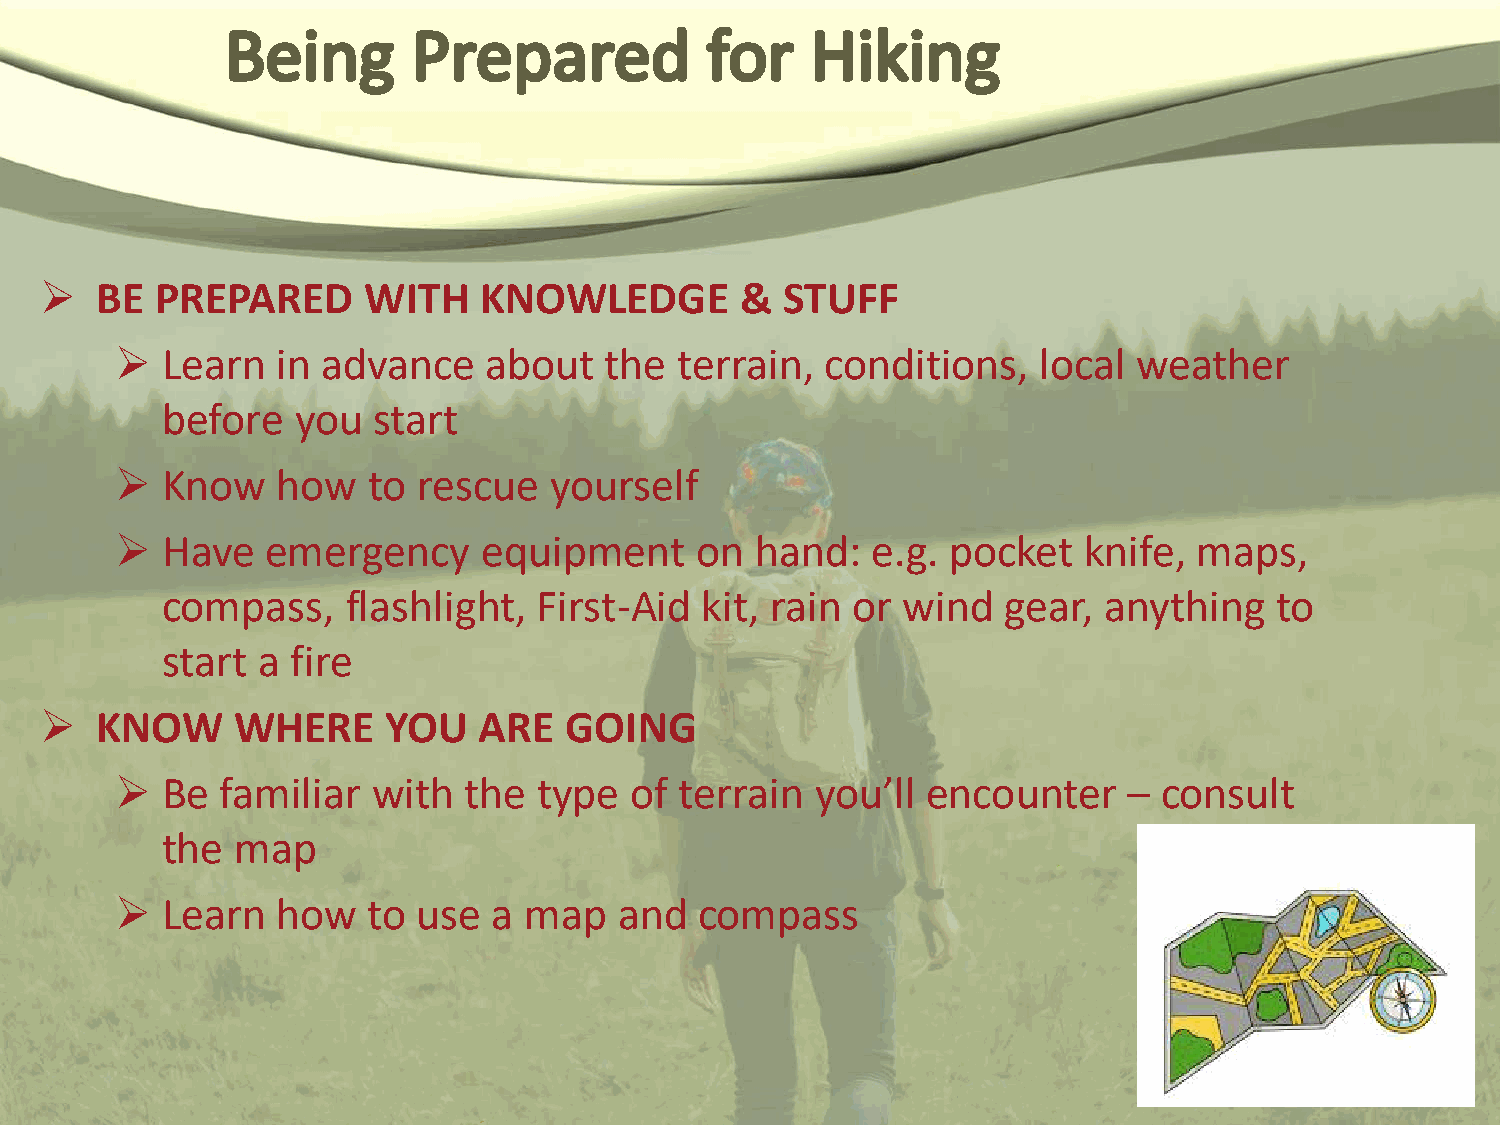
  BE  PREPARED      WITH    KNOWLEDGE        &  STUFF
   Learn  in advance    about   the  terrain,  conditions,   local weather
 before   you  start
   Know   how   to  rescue  yourself
   Have   emergency     equipment     on  hand:   e.g. pocket   knife, maps,
 compass,    flashlight,  First-Aid kit, rain or  wind  gear,  anything   to
 start a fire
   KNOW     WHERE      YOU   ARE  GOING
   Be  familiar  with  the  type  of terrain  you’ll encounter     – consult
 the  map
   Learn  how   to  use  a map   and  compass